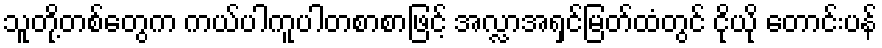
သူတို့တစ်တွေက ကယ်ပါကူပါတစာစာဖြင့် အလ္လာအရှင်မြတ်ထံတွင် ငိုယို တောင်းပန်